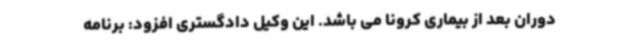
دوران بعد از بیماری کرونا می باشد. این وکیل دادگستری افزود: برنامه